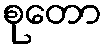
စုတော